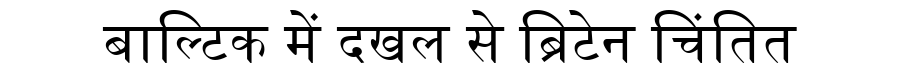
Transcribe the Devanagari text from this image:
बाल्टिक में दखल से ब्रिटेन चिंतित